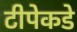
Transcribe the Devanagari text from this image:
टीपेकडे